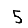
Digit: 5